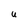
Character: u